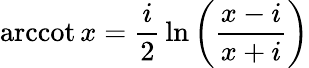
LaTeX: \operatorname{arccot}x={\frac{i}{2}}\ln\left({\frac{x-i}{x+i}}\right)